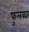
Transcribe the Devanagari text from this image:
फुलक्या